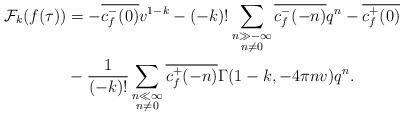
LaTeX: \begin{align*}\begin{aligned}\mathcal{F}_k(f(\tau))&= -\overline{c_f^-(0)} v^{1-k} -(-k)! \sum_{\substack{n\gg-\infty\\n\neq 0}} \overline{c_f^-(-n)}q^n -\overline{c_f^+(0)} \\&-\frac{1}{(-k)!}\sum_{\substack{n\ll\infty\\n\neq 0}} \overline{c_f^+(-n)} \Gamma(1-k,-4\pi nv) q^n.\end{aligned}\end{align*}